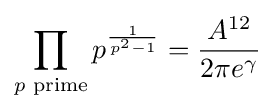
\prod _{p{\text{ prime}}}p^{\frac {1}{p^{2}-1}}={\frac {A^{12}}{2\pi e^{\gamma }}}